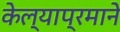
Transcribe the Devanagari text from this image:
केल्याप्रमाने